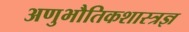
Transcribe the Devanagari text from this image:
अणुभौतिकशास्त्रज्ञ